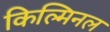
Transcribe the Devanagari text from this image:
किल्मिनल